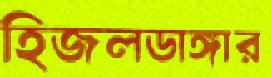
হিজলডাঙ্গার